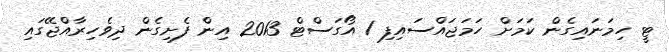
ޓީ ހިމަނައިގެން ކަމަށް ހަމަޖައްސައިފި 1 އޯގަސްޓް 2013 އިން ފެށިގެން ދިވެހިރާއްޖޭގައި